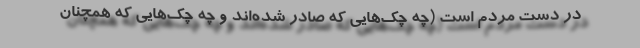
در دست مردم است (چه چک‌هایی که صادر شده‌اند و چه چک‌هایی که همچنان